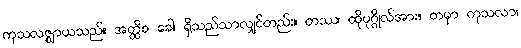
ကုသလဇ္ဈာယသည်။ အတ္ထိစ ခေါ၊ ရှိသည်သာလျှင်တည်း။ တဿ၊ ထိုပုဂ္ဂိုလ်အား။ တမှာ ကုသလာ၊